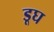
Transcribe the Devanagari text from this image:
डूघ